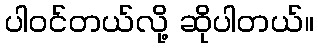
ပါဝင်တယ်လို့ ဆိုပါတယ်။